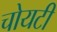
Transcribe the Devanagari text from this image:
चोयटी